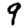
Digit: 9